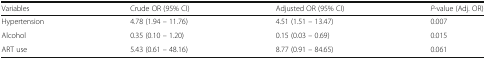
| Variables | Crude OR (95% CI) | Adjusted OR (95% CI) | P-value (Adj. OR) |
 | --- | --- | --- | --- |
 | Hypertension | 4.78 (1.94 – 11.76) | 4.51 (1.51 – 13.47) | 0.007 |
 | Alcohol | 0.35 (0.10 – 1.20) | 0.15 (0.03 – 0.69) | 0.015 |
 | ART use | 5.43 (0.61 – 48.16) | 8.77 (0.91 – 84.65) | 0.061 |